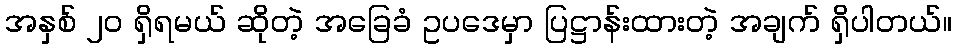
အနှစ် ၂ဝ ရှိရမယ် ဆိုတဲ့ အခြေခံ ဥပဒေမှာ ပြဋ္ဌာန်းထားတဲ့ အချက် ရှိပါတယ်။